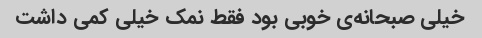
خیلی صبحانه‌ی خوبی بود فقط نمک خیلی کمی داشت